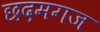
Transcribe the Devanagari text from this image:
छदमगज